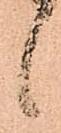
候